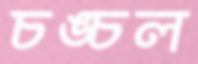
চঙ্চল